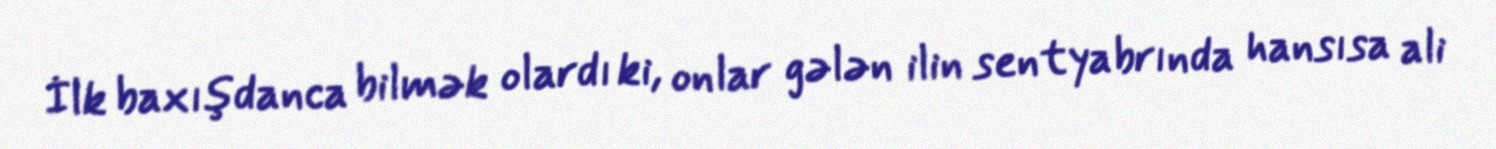
İlk baxışdanca bilmək olardı ki, onlar gələn ilin sentyabrında hansısa ali